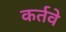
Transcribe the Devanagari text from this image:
कर्तवे